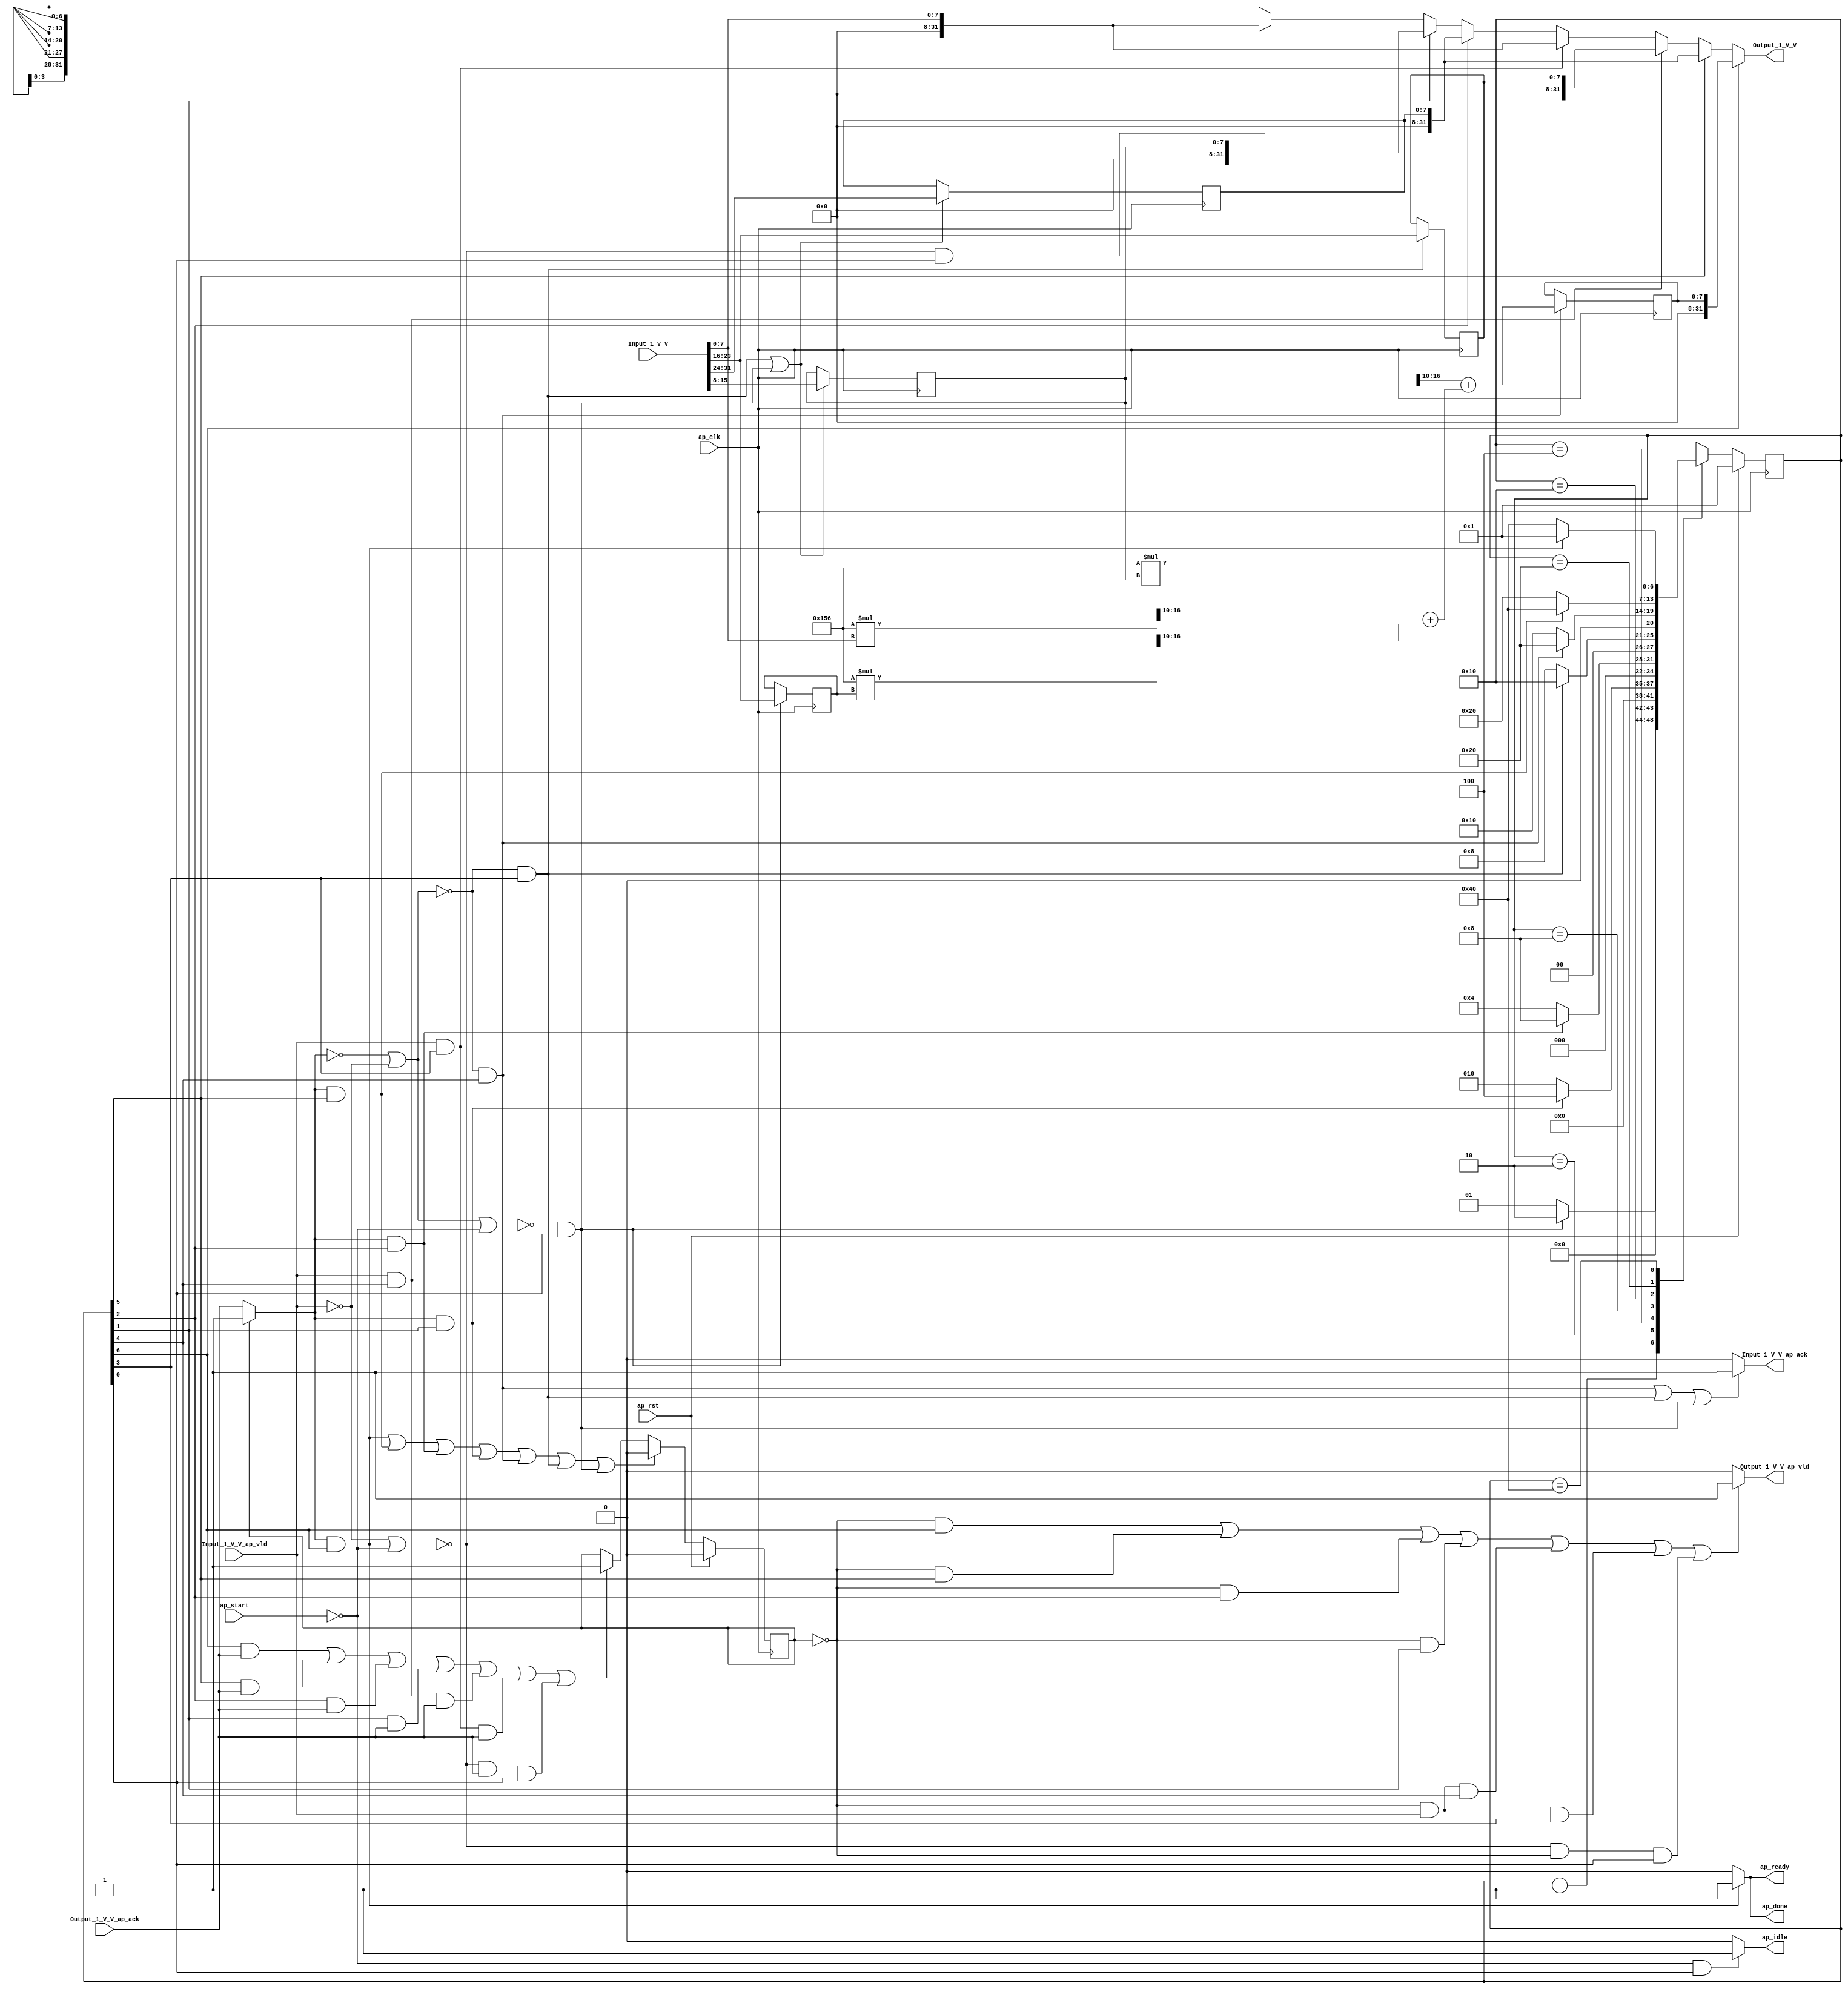
// ==============================================================
// RTL generated by Vivado(TM) HLS - High-Level Synthesis from C, C++ and SystemC
// Version: 2018.2
// Copyright (C) 1986-2018 Xilinx, Inc. All Rights Reserved.
// 
// ===========================================================

`timescale 1 ns / 1 ps 

(* CORE_GENERATION_INFO="projection_odd,hls_ip_2018_2,{HLS_INPUT_TYPE=cxx,HLS_INPUT_FLOAT=0,HLS_INPUT_FIXED=1,HLS_INPUT_PART=xczu9eg-ffvb1156-2-i,HLS_INPUT_CLOCK=5.000000,HLS_INPUT_ARCH=others,HLS_SYN_CLOCK=3.161000,HLS_SYN_LAT=6,HLS_SYN_TPT=none,HLS_SYN_MEM=0,HLS_SYN_DSP=0,HLS_SYN_FF=48,HLS_SYN_LUT=299,HLS_VERSION=2018_2}" *)

module projection_odd (
        ap_clk,
        ap_rst,
        ap_start,
        ap_done,
        ap_idle,
        ap_ready,
        Input_1_V_V,
        Input_1_V_V_ap_vld,
        Input_1_V_V_ap_ack,
        Output_1_V_V,
        Output_1_V_V_ap_vld,
        Output_1_V_V_ap_ack
);

parameter    ap_ST_fsm_state1 = 7'd1;
parameter    ap_ST_fsm_state2 = 7'd2;
parameter    ap_ST_fsm_state3 = 7'd4;
parameter    ap_ST_fsm_state4 = 7'd8;
parameter    ap_ST_fsm_state5 = 7'd16;
parameter    ap_ST_fsm_state6 = 7'd32;
parameter    ap_ST_fsm_state7 = 7'd64;

input   ap_clk;
input   ap_rst;
input   ap_start;
output   ap_done;
output   ap_idle;
output   ap_ready;
input  [31:0] Input_1_V_V;
input   Input_1_V_V_ap_vld;
output   Input_1_V_V_ap_ack;
output  [31:0] Output_1_V_V;
output   Output_1_V_V_ap_vld;
input   Output_1_V_V_ap_ack;

reg ap_done;
reg ap_idle;
reg ap_ready;
reg Input_1_V_V_ap_ack;
reg[31:0] Output_1_V_V;
reg Output_1_V_V_ap_vld;

(* fsm_encoding = "none" *) reg   [6:0] ap_CS_fsm;
wire    ap_CS_fsm_state1;
reg    Input_1_V_V_blk_n;
wire    ap_CS_fsm_state4;
wire    ap_CS_fsm_state5;
reg    Output_1_V_V_blk_n;
wire    ap_CS_fsm_state2;
wire    ap_CS_fsm_state3;
wire    ap_CS_fsm_state6;
wire    ap_CS_fsm_state7;
reg   [7:0] reg_87;
reg    ap_block_state1;
reg    ap_sig_ioackin_Output_1_V_V_ap_ack;
reg   [7:0] reg_91;
reg   [7:0] tmp_reg_211;
reg   [7:0] triangle_3d_x2_V_reg_216;
wire   [7:0] triangle_2d_z_V_fu_192_p2;
reg   [7:0] triangle_2d_z_V_reg_221;
wire   [31:0] tmp_V_fu_99_p1;
wire   [31:0] tmp_V_3_fu_104_p1;
wire   [31:0] tmp_V_4_fu_109_p1;
wire   [31:0] tmp_V_5_fu_118_p1;
wire   [31:0] tmp_V_6_fu_198_p1;
wire   [31:0] tmp_V_7_fu_202_p1;
wire   [31:0] tmp_V_8_fu_207_p1;
reg    ap_reg_ioackin_Output_1_V_V_ap_ack;
wire   [7:0] triangle_3d_x0_V_fu_95_p1;
wire   [7:0] triangle_3d_y1_V_fu_114_p1;
wire   [7:0] mul5_fu_126_p1;
wire   [17:0] mul5_fu_126_p2;
wire   [7:0] mul2_fu_146_p1;
wire   [17:0] mul2_fu_146_p2;
wire   [7:0] tmp_2_fu_162_p1;
wire   [7:0] mul_fu_170_p1;
wire   [17:0] mul_fu_170_p2;
wire   [7:0] div2_fu_176_p4;
wire   [7:0] div_fu_132_p4;
wire   [7:0] div1_fu_152_p4;
wire   [7:0] tmp1_fu_186_p2;
reg   [6:0] ap_NS_fsm;
wire   [17:0] mul2_fu_146_p10;
wire   [17:0] mul5_fu_126_p10;
wire   [17:0] mul_fu_170_p10;

// power-on initialization
initial begin
#0 ap_CS_fsm = 7'd1;
#0 ap_reg_ioackin_Output_1_V_V_ap_ack = 1'b0;
end

always @ (posedge ap_clk) begin
    if (ap_rst == 1'b1) begin
        ap_CS_fsm <= ap_ST_fsm_state1;
    end else begin
        ap_CS_fsm <= ap_NS_fsm;
    end
end

always @ (posedge ap_clk) begin
    if (ap_rst == 1'b1) begin
        ap_reg_ioackin_Output_1_V_V_ap_ack <= 1'b0;
    end else begin
        if ((((ap_sig_ioackin_Output_1_V_V_ap_ack == 1'b1) & (1'b1 == ap_CS_fsm_state7)) | ((ap_sig_ioackin_Output_1_V_V_ap_ack == 1'b1) & (1'b1 == ap_CS_fsm_state6)) | ((ap_sig_ioackin_Output_1_V_V_ap_ack == 1'b1) & (1'b1 == ap_CS_fsm_state3)) | ((ap_sig_ioackin_Output_1_V_V_ap_ack == 1'b1) & (1'b1 == ap_CS_fsm_state2)) | (~((ap_sig_ioackin_Output_1_V_V_ap_ack == 1'b0) | (1'b0 == Input_1_V_V_ap_vld)) & (1'b1 == ap_CS_fsm_state5)) | (~((ap_sig_ioackin_Output_1_V_V_ap_ack == 1'b0) | (1'b0 == Input_1_V_V_ap_vld)) & (1'b1 == ap_CS_fsm_state4)) | (~((ap_sig_ioackin_Output_1_V_V_ap_ack == 1'b0) | (1'b0 == Input_1_V_V_ap_vld) | (ap_start == 1'b0)) & (1'b1 == ap_CS_fsm_state1)))) begin
            ap_reg_ioackin_Output_1_V_V_ap_ack <= 1'b0;
        end else if ((((1'b1 == ap_CS_fsm_state7) & (1'b1 == Output_1_V_V_ap_ack)) | ((1'b1 == ap_CS_fsm_state6) & (1'b1 == Output_1_V_V_ap_ack)) | ((1'b1 == ap_CS_fsm_state3) & (1'b1 == Output_1_V_V_ap_ack)) | ((1'b1 == ap_CS_fsm_state2) & (1'b1 == Output_1_V_V_ap_ack)) | ((1'b1 == Input_1_V_V_ap_vld) & (1'b1 == ap_CS_fsm_state5) & (1'b1 == Output_1_V_V_ap_ack)) | ((1'b1 == Input_1_V_V_ap_vld) & (1'b1 == ap_CS_fsm_state4) & (1'b1 == Output_1_V_V_ap_ack)) | (~((1'b0 == Input_1_V_V_ap_vld) | (ap_start == 1'b0)) & (1'b1 == Output_1_V_V_ap_ack) & (1'b1 == ap_CS_fsm_state1)))) begin
            ap_reg_ioackin_Output_1_V_V_ap_ack <= 1'b1;
        end
    end
end

always @ (posedge ap_clk) begin
    if (((~((ap_sig_ioackin_Output_1_V_V_ap_ack == 1'b0) | (1'b0 == Input_1_V_V_ap_vld)) & (1'b1 == ap_CS_fsm_state4)) | (~((ap_sig_ioackin_Output_1_V_V_ap_ack == 1'b0) | (1'b0 == Input_1_V_V_ap_vld) | (ap_start == 1'b0)) & (1'b1 == ap_CS_fsm_state1)))) begin
        reg_87 <= {{Input_1_V_V[15:8]}};
        reg_91 <= {{Input_1_V_V[31:24]}};
    end
end

always @ (posedge ap_clk) begin
    if ((~((ap_sig_ioackin_Output_1_V_V_ap_ack == 1'b0) | (1'b0 == Input_1_V_V_ap_vld) | (ap_start == 1'b0)) & (1'b1 == ap_CS_fsm_state1))) begin
        tmp_reg_211 <= {{Input_1_V_V[23:16]}};
    end
end

always @ (posedge ap_clk) begin
    if ((~((ap_sig_ioackin_Output_1_V_V_ap_ack == 1'b0) | (1'b0 == Input_1_V_V_ap_vld)) & (1'b1 == ap_CS_fsm_state5))) begin
        triangle_2d_z_V_reg_221 <= triangle_2d_z_V_fu_192_p2;
    end
end

always @ (posedge ap_clk) begin
    if ((~((ap_sig_ioackin_Output_1_V_V_ap_ack == 1'b0) | (1'b0 == Input_1_V_V_ap_vld)) & (1'b1 == ap_CS_fsm_state4))) begin
        triangle_3d_x2_V_reg_216 <= {{Input_1_V_V[23:16]}};
    end
end

always @ (*) begin
    if (((~((ap_sig_ioackin_Output_1_V_V_ap_ack == 1'b0) | (1'b0 == Input_1_V_V_ap_vld)) & (1'b1 == ap_CS_fsm_state5)) | (~((ap_sig_ioackin_Output_1_V_V_ap_ack == 1'b0) | (1'b0 == Input_1_V_V_ap_vld)) & (1'b1 == ap_CS_fsm_state4)) | (~((ap_sig_ioackin_Output_1_V_V_ap_ack == 1'b0) | (1'b0 == Input_1_V_V_ap_vld) | (ap_start == 1'b0)) & (1'b1 == ap_CS_fsm_state1)))) begin
        Input_1_V_V_ap_ack = 1'b1;
    end else begin
        Input_1_V_V_ap_ack = 1'b0;
    end
end

always @ (*) begin
    if (((1'b1 == ap_CS_fsm_state5) | (1'b1 == ap_CS_fsm_state4) | ((1'b1 == ap_CS_fsm_state1) & (ap_start == 1'b1)))) begin
        Input_1_V_V_blk_n = Input_1_V_V_ap_vld;
    end else begin
        Input_1_V_V_blk_n = 1'b1;
    end
end

always @ (*) begin
    if ((1'b1 == ap_CS_fsm_state7)) begin
        Output_1_V_V = tmp_V_8_fu_207_p1;
    end else if ((1'b1 == ap_CS_fsm_state6)) begin
        Output_1_V_V = tmp_V_7_fu_202_p1;
    end else if (((1'b1 == Input_1_V_V_ap_vld) & (1'b1 == ap_CS_fsm_state5))) begin
        Output_1_V_V = tmp_V_6_fu_198_p1;
    end else if (((1'b1 == Input_1_V_V_ap_vld) & (1'b1 == ap_CS_fsm_state4))) begin
        Output_1_V_V = tmp_V_5_fu_118_p1;
    end else if ((1'b1 == ap_CS_fsm_state3)) begin
        Output_1_V_V = tmp_V_4_fu_109_p1;
    end else if ((1'b1 == ap_CS_fsm_state2)) begin
        Output_1_V_V = tmp_V_3_fu_104_p1;
    end else if ((~((1'b0 == Input_1_V_V_ap_vld) | (ap_start == 1'b0)) & (1'b1 == ap_CS_fsm_state1))) begin
        Output_1_V_V = tmp_V_fu_99_p1;
    end else begin
        Output_1_V_V = 'bx;
    end
end

always @ (*) begin
    if ((((ap_reg_ioackin_Output_1_V_V_ap_ack == 1'b0) & (1'b1 == ap_CS_fsm_state7)) | ((ap_reg_ioackin_Output_1_V_V_ap_ack == 1'b0) & (1'b1 == ap_CS_fsm_state6)) | ((ap_reg_ioackin_Output_1_V_V_ap_ack == 1'b0) & (1'b1 == ap_CS_fsm_state3)) | ((ap_reg_ioackin_Output_1_V_V_ap_ack == 1'b0) & (1'b1 == ap_CS_fsm_state2)) | ((ap_reg_ioackin_Output_1_V_V_ap_ack == 1'b0) & (1'b1 == Input_1_V_V_ap_vld) & (1'b1 == ap_CS_fsm_state5)) | ((ap_reg_ioackin_Output_1_V_V_ap_ack == 1'b0) & (1'b1 == Input_1_V_V_ap_vld) & (1'b1 == ap_CS_fsm_state4)) | (~((1'b0 == Input_1_V_V_ap_vld) | (ap_start == 1'b0)) & (ap_reg_ioackin_Output_1_V_V_ap_ack == 1'b0) & (1'b1 == ap_CS_fsm_state1)))) begin
        Output_1_V_V_ap_vld = 1'b1;
    end else begin
        Output_1_V_V_ap_vld = 1'b0;
    end
end

always @ (*) begin
    if (((1'b1 == ap_CS_fsm_state7) | (1'b1 == ap_CS_fsm_state6) | (1'b1 == ap_CS_fsm_state3) | (1'b1 == ap_CS_fsm_state2) | (1'b1 == ap_CS_fsm_state5) | (1'b1 == ap_CS_fsm_state4) | ((1'b1 == ap_CS_fsm_state1) & (ap_start == 1'b1)))) begin
        Output_1_V_V_blk_n = Output_1_V_V_ap_ack;
    end else begin
        Output_1_V_V_blk_n = 1'b1;
    end
end

always @ (*) begin
    if (((ap_sig_ioackin_Output_1_V_V_ap_ack == 1'b1) & (1'b1 == ap_CS_fsm_state7))) begin
        ap_done = 1'b1;
    end else begin
        ap_done = 1'b0;
    end
end

always @ (*) begin
    if (((ap_start == 1'b0) & (1'b1 == ap_CS_fsm_state1))) begin
        ap_idle = 1'b1;
    end else begin
        ap_idle = 1'b0;
    end
end

always @ (*) begin
    if (((ap_sig_ioackin_Output_1_V_V_ap_ack == 1'b1) & (1'b1 == ap_CS_fsm_state7))) begin
        ap_ready = 1'b1;
    end else begin
        ap_ready = 1'b0;
    end
end

always @ (*) begin
    if ((ap_reg_ioackin_Output_1_V_V_ap_ack == 1'b0)) begin
        ap_sig_ioackin_Output_1_V_V_ap_ack = Output_1_V_V_ap_ack;
    end else begin
        ap_sig_ioackin_Output_1_V_V_ap_ack = 1'b1;
    end
end

always @ (*) begin
    case (ap_CS_fsm)
        ap_ST_fsm_state1 : begin
            if ((~((ap_sig_ioackin_Output_1_V_V_ap_ack == 1'b0) | (1'b0 == Input_1_V_V_ap_vld) | (ap_start == 1'b0)) & (1'b1 == ap_CS_fsm_state1))) begin
                ap_NS_fsm = ap_ST_fsm_state2;
            end else begin
                ap_NS_fsm = ap_ST_fsm_state1;
            end
        end
        ap_ST_fsm_state2 : begin
            if (((ap_sig_ioackin_Output_1_V_V_ap_ack == 1'b1) & (1'b1 == ap_CS_fsm_state2))) begin
                ap_NS_fsm = ap_ST_fsm_state3;
            end else begin
                ap_NS_fsm = ap_ST_fsm_state2;
            end
        end
        ap_ST_fsm_state3 : begin
            if (((ap_sig_ioackin_Output_1_V_V_ap_ack == 1'b1) & (1'b1 == ap_CS_fsm_state3))) begin
                ap_NS_fsm = ap_ST_fsm_state4;
            end else begin
                ap_NS_fsm = ap_ST_fsm_state3;
            end
        end
        ap_ST_fsm_state4 : begin
            if ((~((ap_sig_ioackin_Output_1_V_V_ap_ack == 1'b0) | (1'b0 == Input_1_V_V_ap_vld)) & (1'b1 == ap_CS_fsm_state4))) begin
                ap_NS_fsm = ap_ST_fsm_state5;
            end else begin
                ap_NS_fsm = ap_ST_fsm_state4;
            end
        end
        ap_ST_fsm_state5 : begin
            if ((~((ap_sig_ioackin_Output_1_V_V_ap_ack == 1'b0) | (1'b0 == Input_1_V_V_ap_vld)) & (1'b1 == ap_CS_fsm_state5))) begin
                ap_NS_fsm = ap_ST_fsm_state6;
            end else begin
                ap_NS_fsm = ap_ST_fsm_state5;
            end
        end
        ap_ST_fsm_state6 : begin
            if (((ap_sig_ioackin_Output_1_V_V_ap_ack == 1'b1) & (1'b1 == ap_CS_fsm_state6))) begin
                ap_NS_fsm = ap_ST_fsm_state7;
            end else begin
                ap_NS_fsm = ap_ST_fsm_state6;
            end
        end
        ap_ST_fsm_state7 : begin
            if (((ap_sig_ioackin_Output_1_V_V_ap_ack == 1'b1) & (1'b1 == ap_CS_fsm_state7))) begin
                ap_NS_fsm = ap_ST_fsm_state1;
            end else begin
                ap_NS_fsm = ap_ST_fsm_state7;
            end
        end
        default : begin
            ap_NS_fsm = 'bx;
        end
    endcase
end

assign ap_CS_fsm_state1 = ap_CS_fsm[32'd0];

assign ap_CS_fsm_state2 = ap_CS_fsm[32'd1];

assign ap_CS_fsm_state3 = ap_CS_fsm[32'd2];

assign ap_CS_fsm_state4 = ap_CS_fsm[32'd3];

assign ap_CS_fsm_state5 = ap_CS_fsm[32'd4];

assign ap_CS_fsm_state6 = ap_CS_fsm[32'd5];

assign ap_CS_fsm_state7 = ap_CS_fsm[32'd6];

always @ (*) begin
    ap_block_state1 = ((1'b0 == Input_1_V_V_ap_vld) | (ap_start == 1'b0));
end

assign div1_fu_152_p4 = {{mul2_fu_146_p2[17:10]}};

assign div2_fu_176_p4 = {{mul_fu_170_p2[17:10]}};

assign div_fu_132_p4 = {{mul5_fu_126_p2[17:10]}};

assign mul2_fu_146_p1 = mul2_fu_146_p10;

assign mul2_fu_146_p10 = reg_87;

assign mul2_fu_146_p2 = (18'd342 * mul2_fu_146_p1);

assign mul5_fu_126_p1 = mul5_fu_126_p10;

assign mul5_fu_126_p10 = tmp_reg_211;

assign mul5_fu_126_p2 = (18'd342 * mul5_fu_126_p1);

assign mul_fu_170_p1 = mul_fu_170_p10;

assign mul_fu_170_p10 = tmp_2_fu_162_p1;

assign mul_fu_170_p2 = (18'd342 * mul_fu_170_p1);

assign tmp1_fu_186_p2 = (div2_fu_176_p4 + div_fu_132_p4);

assign tmp_2_fu_162_p1 = Input_1_V_V[7:0];

assign tmp_V_3_fu_104_p1 = reg_87;

assign tmp_V_4_fu_109_p1 = reg_91;

assign tmp_V_5_fu_118_p1 = triangle_3d_y1_V_fu_114_p1;

assign tmp_V_6_fu_198_p1 = triangle_3d_x2_V_reg_216;

assign tmp_V_7_fu_202_p1 = reg_91;

assign tmp_V_8_fu_207_p1 = triangle_2d_z_V_reg_221;

assign tmp_V_fu_99_p1 = triangle_3d_x0_V_fu_95_p1;

assign triangle_2d_z_V_fu_192_p2 = (div1_fu_152_p4 + tmp1_fu_186_p2);

assign triangle_3d_x0_V_fu_95_p1 = Input_1_V_V[7:0];

assign triangle_3d_y1_V_fu_114_p1 = Input_1_V_V[7:0];

endmodule //projection_odd